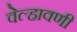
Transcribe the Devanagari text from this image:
वेल्हावणी